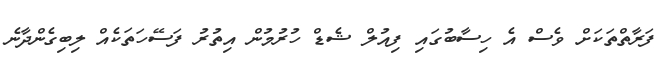
ފަރާތްތަކަށް ވެސް އެ ހިސާބުގައި ފިއުލް ޝެޑް ހުރުމުން އިތުރު ފަސޭހަތަކެއް ލިބިގެންދާނެ